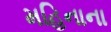
મહિનાના